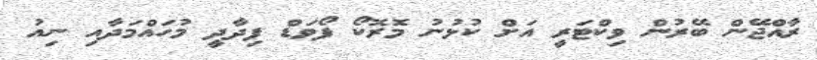
ރާއްޖޭން ބޭރުން ވިކްޓަރީ އަށް ކުޅުނު މޮރޮކޯ ފޯވަޑް ފިދާދީ މުހައްމަދާއި ނިއު